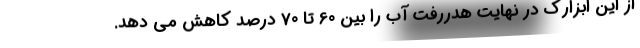
از این ابزارک در نهایت هدررفت آب را بین 60 تا 70 درصد کاهش می دهد.